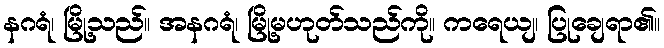
နဂရံ၊ မြို့သည်။ အနဂရံ၊ မြို့မဟုတ်သည်ကို။ ကရေယျ၊ ပြုချေရာ၏။